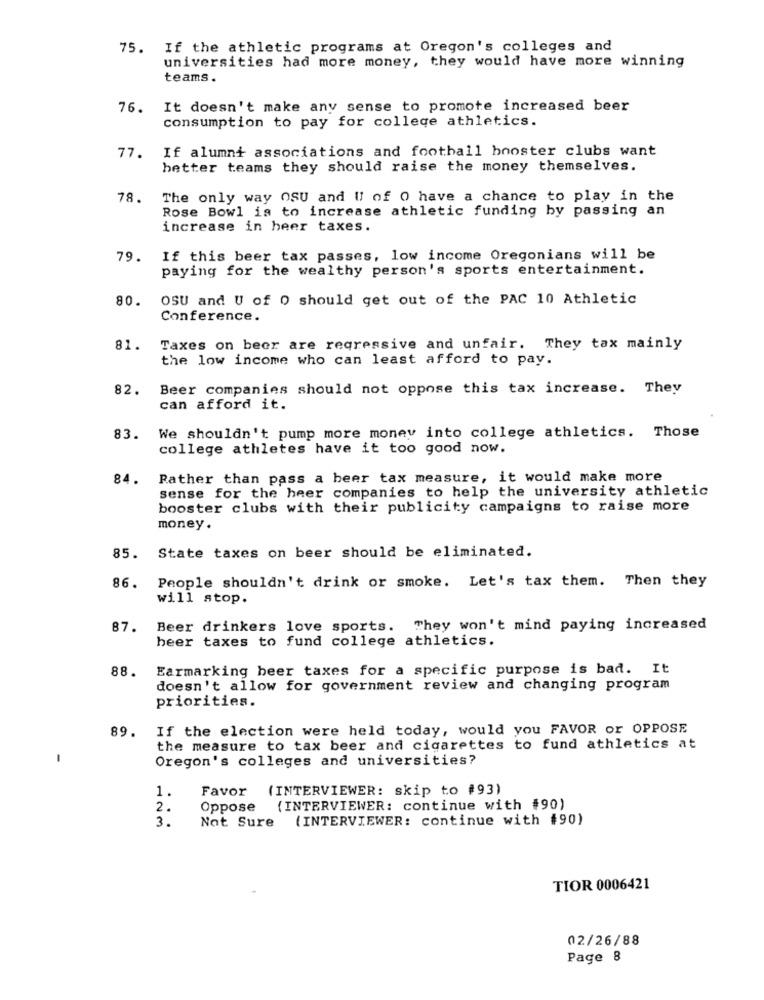
75. If the athletic programs at Oregon's colleges and
universities had more money, they would have more winning
teams .
76.
It doesn't make any sense to promote increased beer
consumption to pay for college athletics.
If alumni associations and football booster clubs want
77.
better teams they should raise the money themselves.
78.
The only way OSU and Ul of O have a chance to play in the
Rose Bowl is to increase athletic funding by passing an
increase in heer taxes.
79. If this beer tax passes, low income Oregonians will be
paying for the wealthy person's sports entertainment.
80.
OSU and U of 0 should get out of the PAC 10 Athletic
Conference.
81.
Taxes on beer are regressive and unfair. They tax mainly
the low income who can least afford to pay.
82.
Beer companies should not oppose this tax increase. They
can afford it.
83. We shouldn't pump more money into college athletics. Those
college athletes have it too good now.
84. Rather than pass a beer tax measure, it would make more
sense for the heer companies to help the university athletic
booster clubs with their publicity campaigns to raise more
money.
State taxes on beer should be eliminated.
85.
People shouldn't drink or smoke. Let's tax them. Then they
86.
will stop.
87.
Beer drinkers love sports. They won't mind paying increased
beer taxes to fund college athletics.
88.
Earmarking beer taxes for a specific purpose is bad. It
doesn't allow for government review and changing program
priorities.
89.
If the election were held today, would you FAVOR or OPPOSE
the measure to tax beer and cigarettes to fund athletics at
-
Oregon's colleges and universities?
1.
Favor
(INTERVIEWER: skip to #93)
2.
Oppose (INTERVIEWER: continue with #90)
Not Sure (INTERVIEWER: continue with #90)
3.
TIOR 0006421
02/26/88
Page 8